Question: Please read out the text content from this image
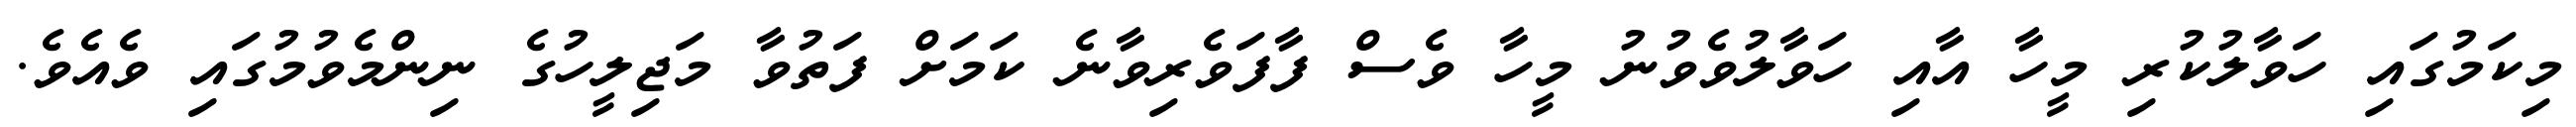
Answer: މިކަމުގައި ހަވާލުކުރި މީހާ އާއި ހަވާލުވެވުނު މީހާ ވެސް ފާފަވެރިވާނެ ކަމަށް ފަތުވާ މަޖިލީހުގެ ނިންމެވުމުގައި ވެއެވެ.